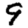
Digit: 9